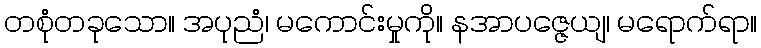
တစုံတခုသော။ အပုညံ၊ မကောင်းမှုကို။ နအာပဇ္ဇေယျ၊ မရောက်ရာ။